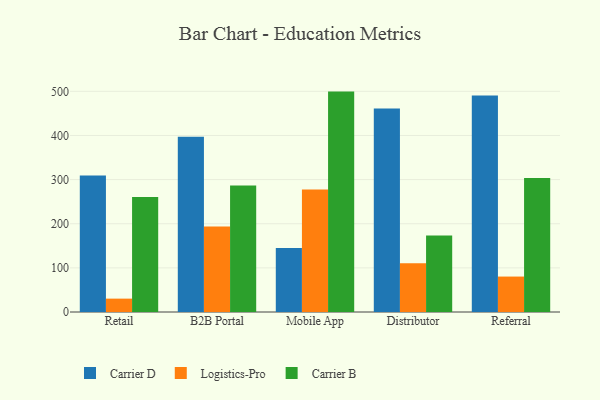
{"axis": {"x": "Channel", "y": "Operating Costs (USD K)"}, "legend": ["Carrier B", "Carrier D", "Logistics-Pro"], "data": [{"x": "Retail", "y": 309.1, "type": "Carrier D"}, {"x": "Retail", "y": 30.3, "type": "Logistics-Pro"}, {"x": "Retail", "y": 260.3, "type": "Carrier B"}, {"x": "B2B Portal", "y": 397.1, "type": "Carrier D"}, {"x": "B2B Portal", "y": 193.5, "type": "Logistics-Pro"}, {"x": "B2B Portal", "y": 286.6, "type": "Carrier B"}, {"x": "Mobile App", "y": 145.2, "type": "Carrier D"}, {"x": "Mobile App", "y": 277.7, "type": "Logistics-Pro"}, {"x": "Mobile App", "y": 499.4, "type": "Carrier B"}, {"x": "Distributor", "y": 461.2, "type": "Carrier D"}, {"x": "Distributor", "y": 110.6, "type": "Logistics-Pro"}, {"x": "Distributor", "y": 173.1, "type": "Carrier B"}, {"x": "Referral", "y": 490.5, "type": "Carrier D"}, {"x": "Referral", "y": 80.3, "type": "Logistics-Pro"}, {"x": "Referral", "y": 303.7, "type": "Carrier B"}]}